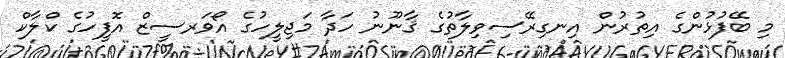
މި ބޭފުޅުންގެ އިތުރުން އިނގިރޭސިވިލާތުގެ ޤާނޫނު ހަދާ މަޖިލީހުގެ އޯވަރސީޒް އޮފީހުގެ ކްލާކް